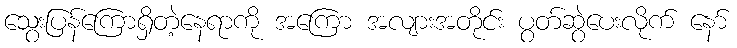
သွေးပြန်ကြောရှိတဲ့နေရာကို အကြော အလျားအတိုင်း ပွတ်ဆွဲပေးလိုက် နော်